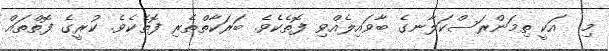
މި  އަކީ ތިމަންރަސްކަލާނގެ ބާވައިލެއްވި ފޮތެކެވެ. ބަރަކާތްތެރި ފޮތެކެވެ. ކުރީގެ ފޮތްތައް